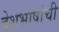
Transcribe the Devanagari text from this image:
देशभाषांची